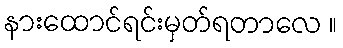
နားထောင်ရင်းမှတ်ရတာလေ ။